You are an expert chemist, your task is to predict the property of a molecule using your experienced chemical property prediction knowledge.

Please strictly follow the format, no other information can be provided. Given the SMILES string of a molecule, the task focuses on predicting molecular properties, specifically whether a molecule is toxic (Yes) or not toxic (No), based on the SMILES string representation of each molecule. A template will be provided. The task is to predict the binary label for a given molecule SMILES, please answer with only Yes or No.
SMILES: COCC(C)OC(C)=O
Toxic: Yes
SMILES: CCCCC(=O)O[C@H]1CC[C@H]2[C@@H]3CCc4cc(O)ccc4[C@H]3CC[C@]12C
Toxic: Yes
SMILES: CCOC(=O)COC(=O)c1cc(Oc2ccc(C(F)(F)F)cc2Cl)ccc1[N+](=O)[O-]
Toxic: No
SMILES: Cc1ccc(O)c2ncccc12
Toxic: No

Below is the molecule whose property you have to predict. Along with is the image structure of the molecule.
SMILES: COc1cccc([C@H](O)C2CCN(CCc3ccc(F)cc3)CC2)c1OC
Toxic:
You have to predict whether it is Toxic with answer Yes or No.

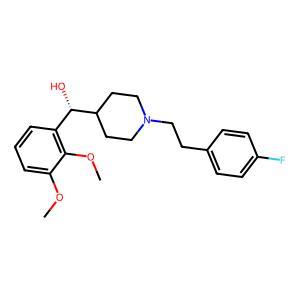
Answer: No